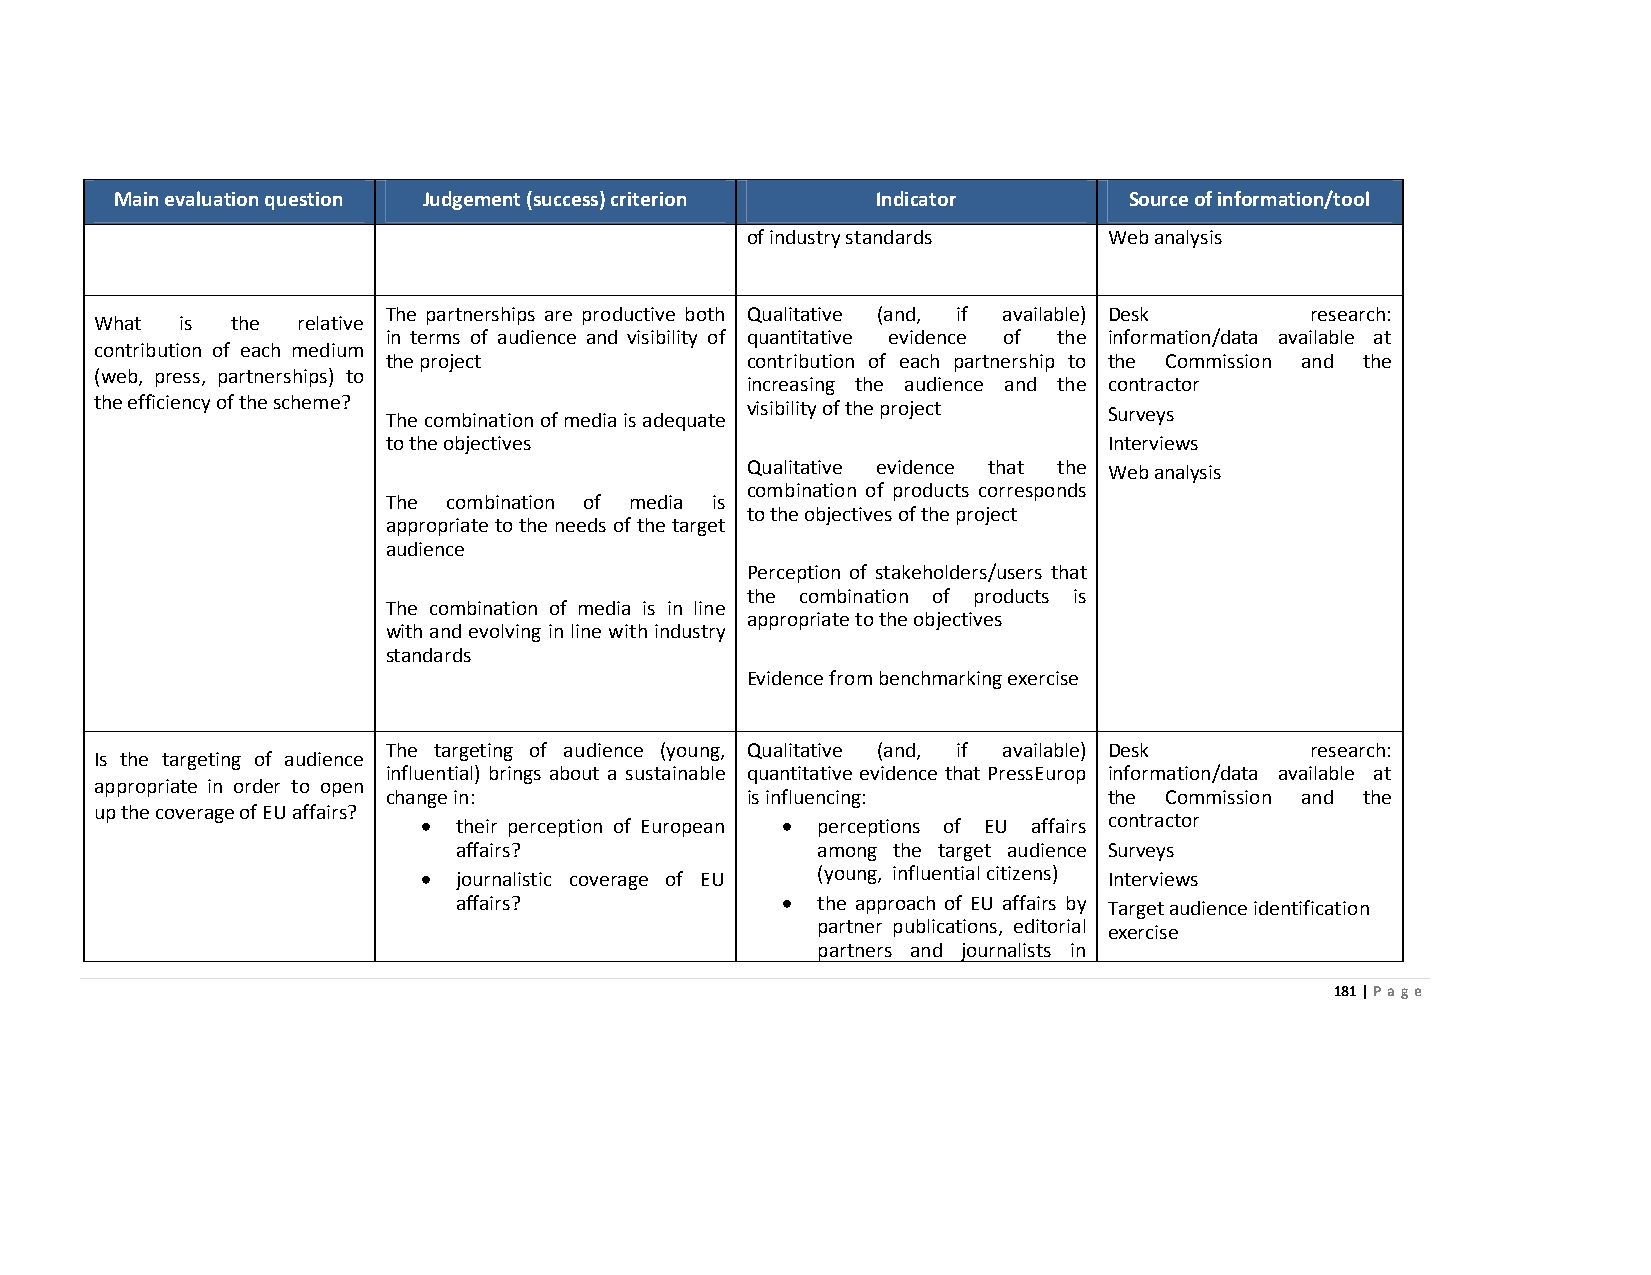
Main evaluation question Judgement (success) criterion Indicator   Source of information/tool
 of industry standards   Web analysis
 The partnerships are productive both Qualitative (and, if available) Desk research:
 What  is the  relative
 in terms of audience and visibility of quantitative evidence of the information/data available at
 contribution of each medium
 the project            contribution of each partnership to the Commission and the
 (web, press, partnerships) to
 increasing the audience and the contractor
 the efficiency of the scheme? The combination of media is adequate visibility of the project Surveys
 to the objectives                              Interviews
 Qualitative evidence that the Web analysis
 combination of products corresponds
 The combination of media is
 to the objectives of the project
 appropriate to the needs of the target
 audience
 Perception of stakeholders/users that
 the combination of products is
 The combination of media is in line
 appropriate to the objectives
 with and evolving in line with industry
 standards
 Evidence from benchmarking exercise
 The targeting of audience (young, Qualitative (and, if available) Desk research:
 Is the targeting of audience
 influential) brings about a sustainable quantitative evidence that PressEurop information/data available at
 appropriate in order to open
 change in:             is influencing:         the Commission and the
 up the coverage of EU affairs?
 • their perception of European • perceptions of EU affairs contractor
 affairs?                among the target audience Surveys
 • journalistic coverage of EU (young, influential citizens) Interviews
 affairs?              • the approach of EU affairs by Target audience identification
 partner publications, editorial exercise
 partners and journalists in
 181 | Page